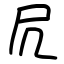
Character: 凥